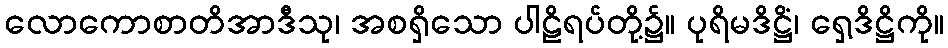
လောကောစာတိအာဒီသု၊ အစရှိသော ပါဠိရပ်တို့၌။ ပုရိမဒိဋ္ဌိံ၊ ရှေ့ဒိဋ္ဌိကို။